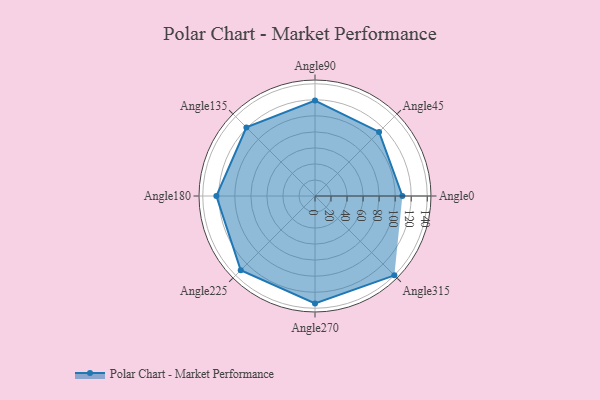
{"axis": {"x": "Angle", "y": "Radius"}, "legend": [""], "data": [{"x": "Angle0", "y": 109.0, "type": ""}, {"x": "Angle45", "y": 113.0, "type": ""}, {"x": "Angle90", "y": 119.0, "type": ""}, {"x": "Angle135", "y": 121.0, "type": ""}, {"x": "Angle180", "y": 123.0, "type": ""}, {"x": "Angle225", "y": 131.0, "type": ""}, {"x": "Angle270", "y": 134.0, "type": ""}, {"x": "Angle315", "y": 140.0, "type": ""}]}